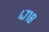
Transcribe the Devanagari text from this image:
४७१८